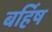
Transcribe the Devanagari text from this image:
बर्हिष